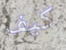
كيف